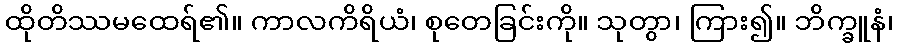
ထိုတိဿမထေရ်၏။ ကာလကိရိယံ၊ စုတေခြင်းကို။ သုတွာ၊ ကြား၍။ ဘိက္ခူနံ၊